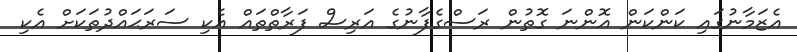
އެޒަމާނުގައި ކަންކަން އޮންނަ ގޮތުން ރަސްގެފާނުގެ އަރިސް ފަރާތްތައް އެކި ސަރަޙައްދުތަކަށް އެކި